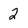
Character: 2